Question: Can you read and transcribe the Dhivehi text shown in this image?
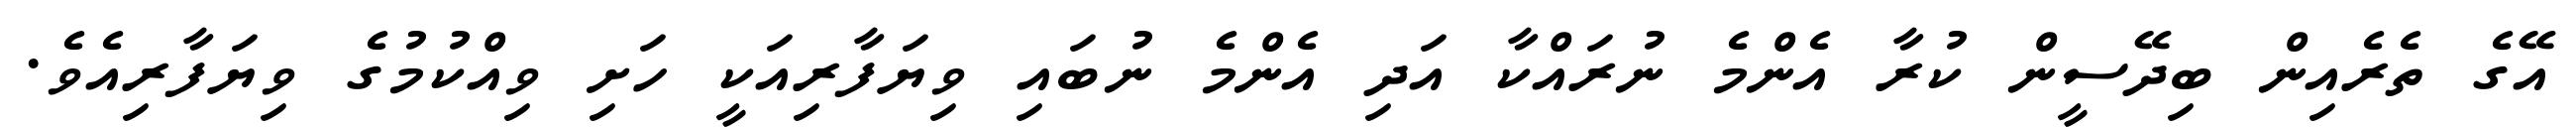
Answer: އޭގެ ތެރެއިން ބިދޭސީން ކުރާ އެންމެ ނުރައްކާ އަދި އެންމެ ނުބައި ވިޔަފާރިއަކީ ހަށި ވިއްކުމުގެ ވިޔަފާރިއެވެ.